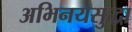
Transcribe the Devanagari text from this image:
अभिनयसुद्धा